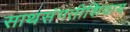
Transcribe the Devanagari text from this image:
साथसंगतीशिवाय